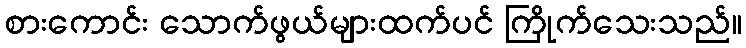
စားကောင်း သောက်ဖွယ်များထက်ပင် ကြိုက်သေးသည်။